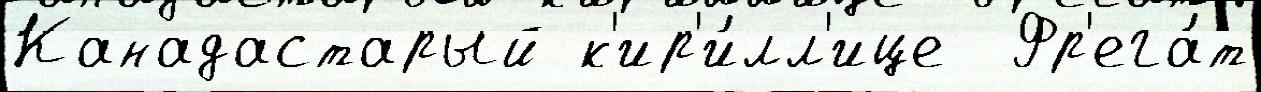
Канадастарый к'ир'и́лл'ице  Фр'ега́т